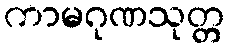
ကာမဂုဏသုတ္တ